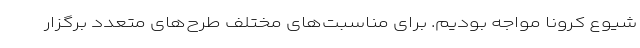
شیوع کرونا مواجه بودیم. برای مناسبت‌های مختلف طرح‌های متعدد برگزار